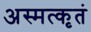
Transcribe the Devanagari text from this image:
अस्मत्कृतं